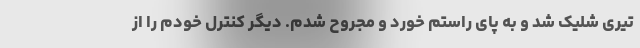
تیری شلیک شد و به پای راستم خورد و مجروح شدم. دیگر کنترل خودم را از